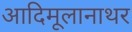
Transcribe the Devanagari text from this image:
आदिमूलानाथर